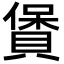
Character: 賲